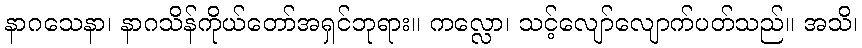
နာဂသေနာ၊ နာဂသိန်ကိုယ်တော်အရှင်ဘုရား။ ကလ္လော၊ သင့်လျော်လျောက်ပတ်သည်။ အသိ၊